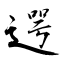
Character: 遌